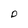
Character: O